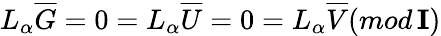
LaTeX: L_{\alpha}\overline{{{G}}}=0=L_{\alpha}\overline{{{U}}}=0=L_{\alpha}\overline{{{V}}}(mod\, {\mathbf I})